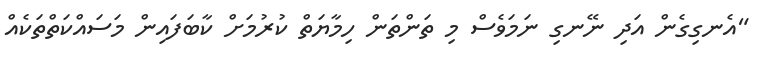
"އެނގިގެން އަދި ނޭނގި ނަމަވެސް މި ތަންތަން ހިމާޔަތް ކުރުމަށް ކާބަފައިން މަސައްކަތްތަކެއް